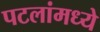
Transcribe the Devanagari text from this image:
पटलांमध्ये